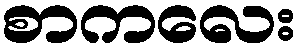
စာကလေး